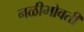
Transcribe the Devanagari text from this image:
नळीभोवती